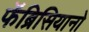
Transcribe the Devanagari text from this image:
फॅब्रिसियानो